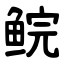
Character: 鲩